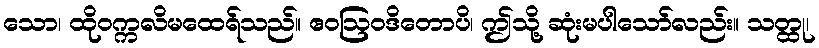
သော၊ ထိုဝက္ကလိမထေရ်သည်။ ဧဝဩဝဒိတောပိ၊ ဤသို့ ဆုံးမပါသော်လည်း။ သတ္ထု၊